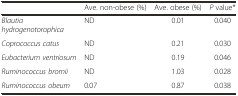
<table><thead><tr><td></td><td><b>Ave. non-obese (%)</b></td><td><b>Ave. obese (%)</b></td><td><b><i>P</i> value*</b></td></tr></thead><tbody><tr><td><i>Blautia hydrogenotorophica</i></td><td>ND</td><td>0.01</td><td>0.040</td></tr><tr><td><i>Coprococcus catus</i></td><td>ND</td><td>0.21</td><td>0.030</td></tr><tr><td><i>Eubacterium ventriosum</i></td><td>ND</td><td>0.19</td><td>0.046</td></tr><tr><td><i>Ruminococcus bromii</i></td><td>ND</td><td>1.03</td><td>0.028</td></tr><tr><td><i>Ruminococcus obeum</i></td><td>0.07</td><td>0.87</td><td>0.038</td></tr></tbody></table>